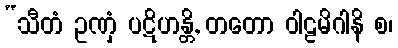
“သီတံ ဥဏှံ ပဋိဟန္တိ, တတော ဝါဠမိဂါနိ စ၊